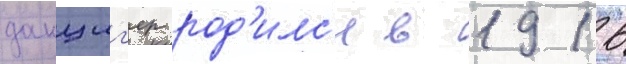
данциг'ер род'илс'я в 1916